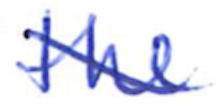
Text: the
Cross-out: mix
Writing tool: ballpoint